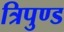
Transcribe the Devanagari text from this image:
त्रिपुण्ड